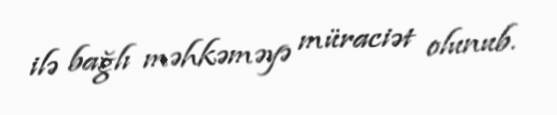
ilə bağlı məhkəməyə müraciət olunub.